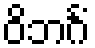
ဝိဘင်္ဂံ